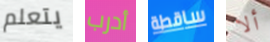
يتعلم أدرب ساقطة ألا